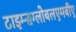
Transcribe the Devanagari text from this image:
टाइम्सग्लोबलएमबीए